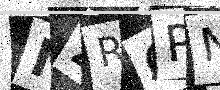
Text: NZROPN